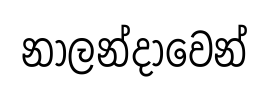
නාලන්දාවෙන්